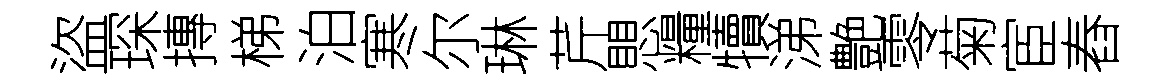
盜琛摶梯泊寒尔琳芹愳糧犢涕艶零菊宦舂